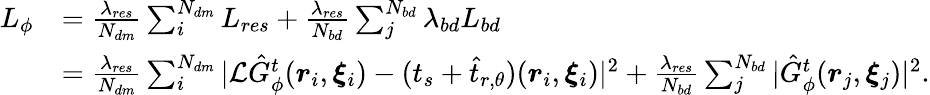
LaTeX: \begin{array}{rl}{L_{\phi}}&{=\frac{\lambda_{res}}{N_{dm}}\sum_{i}^{N_{dm}}L_{res}+\frac{\lambda_{res}}{N_{bd}}\sum_{j}^{N_{bd}}\lambda_{bd}L_{bd}}\\ &{=\frac{\lambda_{res}}{N_{dm}}\sum_{i}^{N_{dm}}|\mathcal{L}\hat{G}_{\phi}^{t}(\boldsymbol{r}_{i},\boldsymbol{\xi}_{i})-(t_{s}+\hat{t}_{r,\theta})(\boldsymbol{r}_{i},\boldsymbol{\xi}_{i})|^{2}+\frac{\lambda_{res}}{N_{bd}}\sum_{j}^{N_{bd}}|\hat{G}_{\phi}^{t}(\boldsymbol{r}_{j},\boldsymbol{\xi}_{j})|^{2}.}\end{array}